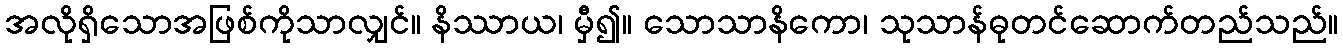
အလိုရှိသောအဖြစ်ကိုသာလျှင်။ နိဿာယ၊ မှီ၍။ သောသာနိကော၊ သုသာန်ဓုတင်ဆောက်တည်သည်။